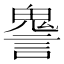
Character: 𧫏